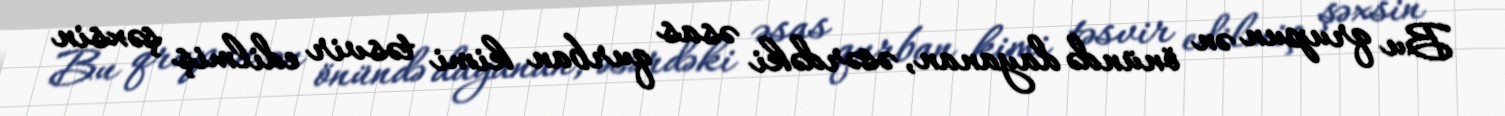
Bu qrupun ən önündə dayanan, əsərdəki əsas qurban kimi təsvir edilmiş şəxsin